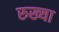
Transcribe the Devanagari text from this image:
रुख्या